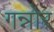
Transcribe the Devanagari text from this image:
गन्नोर